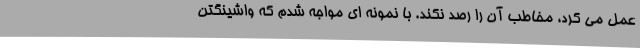
عمل می کرد، مخاطب آن را رصد نکند. با نمونه ای مواجه شدم که واشینگتن